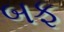
બફ